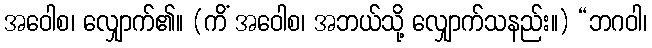
အဝေါစ၊ လျှောက်၏။ (ကိံ အဝေါစ၊ အဘယ်သို့ လျှောက်သနည်း။) “ဘဂဝါ၊